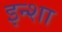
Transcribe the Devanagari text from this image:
इन्शा